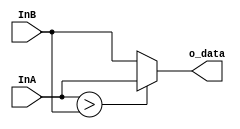

module Max2 #(
    parameter DATA_WIDTH = 32
  )(
    input [31:0] InA, InB,
    output [31:0] o_data
  );

    assign o_data = (InA > InB)? InA : InB;
endmodule